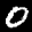
Label: 0